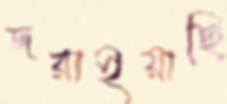
জরাইয়াছি